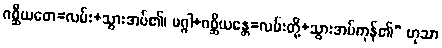
ဂစ္ဆီယတေ=လမ်း+သွားအပ်၏၊ မဂ္ဂါ+ဂစ္ဆီယန္တေ=လမ်းတို့+သွားအပ်ကုန်၏” ဟုသာ